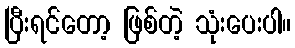
ပြီးရင်တော့ ဖြစ်တဲ့ သုံးပေးပါ။